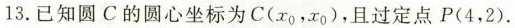
13.已知圆C的圆心坐标为 C(x_{0},x_{0}) ，且过定点P(4，2)。